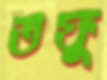
তফু